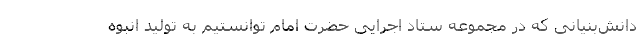
دانش‌بنیانی که در مجموعه ستاد اجرایی حضرت امام توانستیم به تولید انبوه